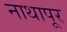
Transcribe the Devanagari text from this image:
नाथापूर